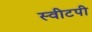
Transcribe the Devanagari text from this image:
स्वीटपी